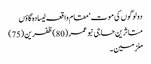
دولوگوں کی موت‘ مقام واقعہ لیسادہ گاؤں
متاثرین حاجی نبو عمر (80)ظفرین (75)
ملزمین ۔